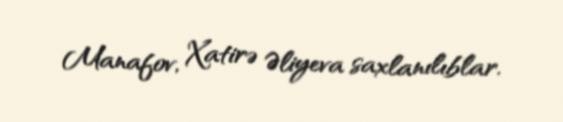
Manafov, Xatirə Əliyeva saxlanılıblar.